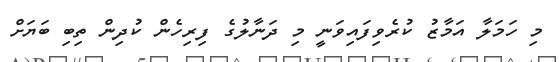
މި ހަމަލާ އަމާޒު ކުރެވިފައިވަނީ މި ދަނާލުގެ ފިރިހެން ކުދިން ތިބި ބަޔަށް